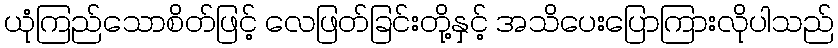
ယုံကြည်သောစိတ်ဖြင့် လေဖြတ်ခြင်းတို့နှင့် အသိပေးပြောကြားလိုပါသည်